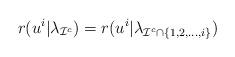
LaTeX: \begin{align*}r(u^i|\lambda_{\mathcal{I}^c})= r(u^i|\lambda_{\mathcal{I}^c\cap\{1, 2, \ldots, i\}}) \end{align*}